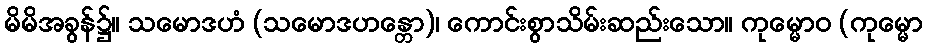
မိမိအခွန်၌။ သမောဒဟံ (သမောဒဟန္တော)၊ ကောင်းစွာသိမ်းဆည်းသော။ ကုမ္မောဝ (ကုမ္မော